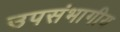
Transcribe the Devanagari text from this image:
उपसंभागीय